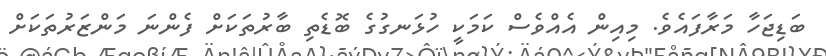
ބަޑިޖަހާ މަރާފައެވެ. މިއިން އެއްވެސް ކަމަކީ ހުޅަނގުގެ ބޮޑެތި ބާރުތަކަށް ފެންނަ މަންޒަރުތަކަށް